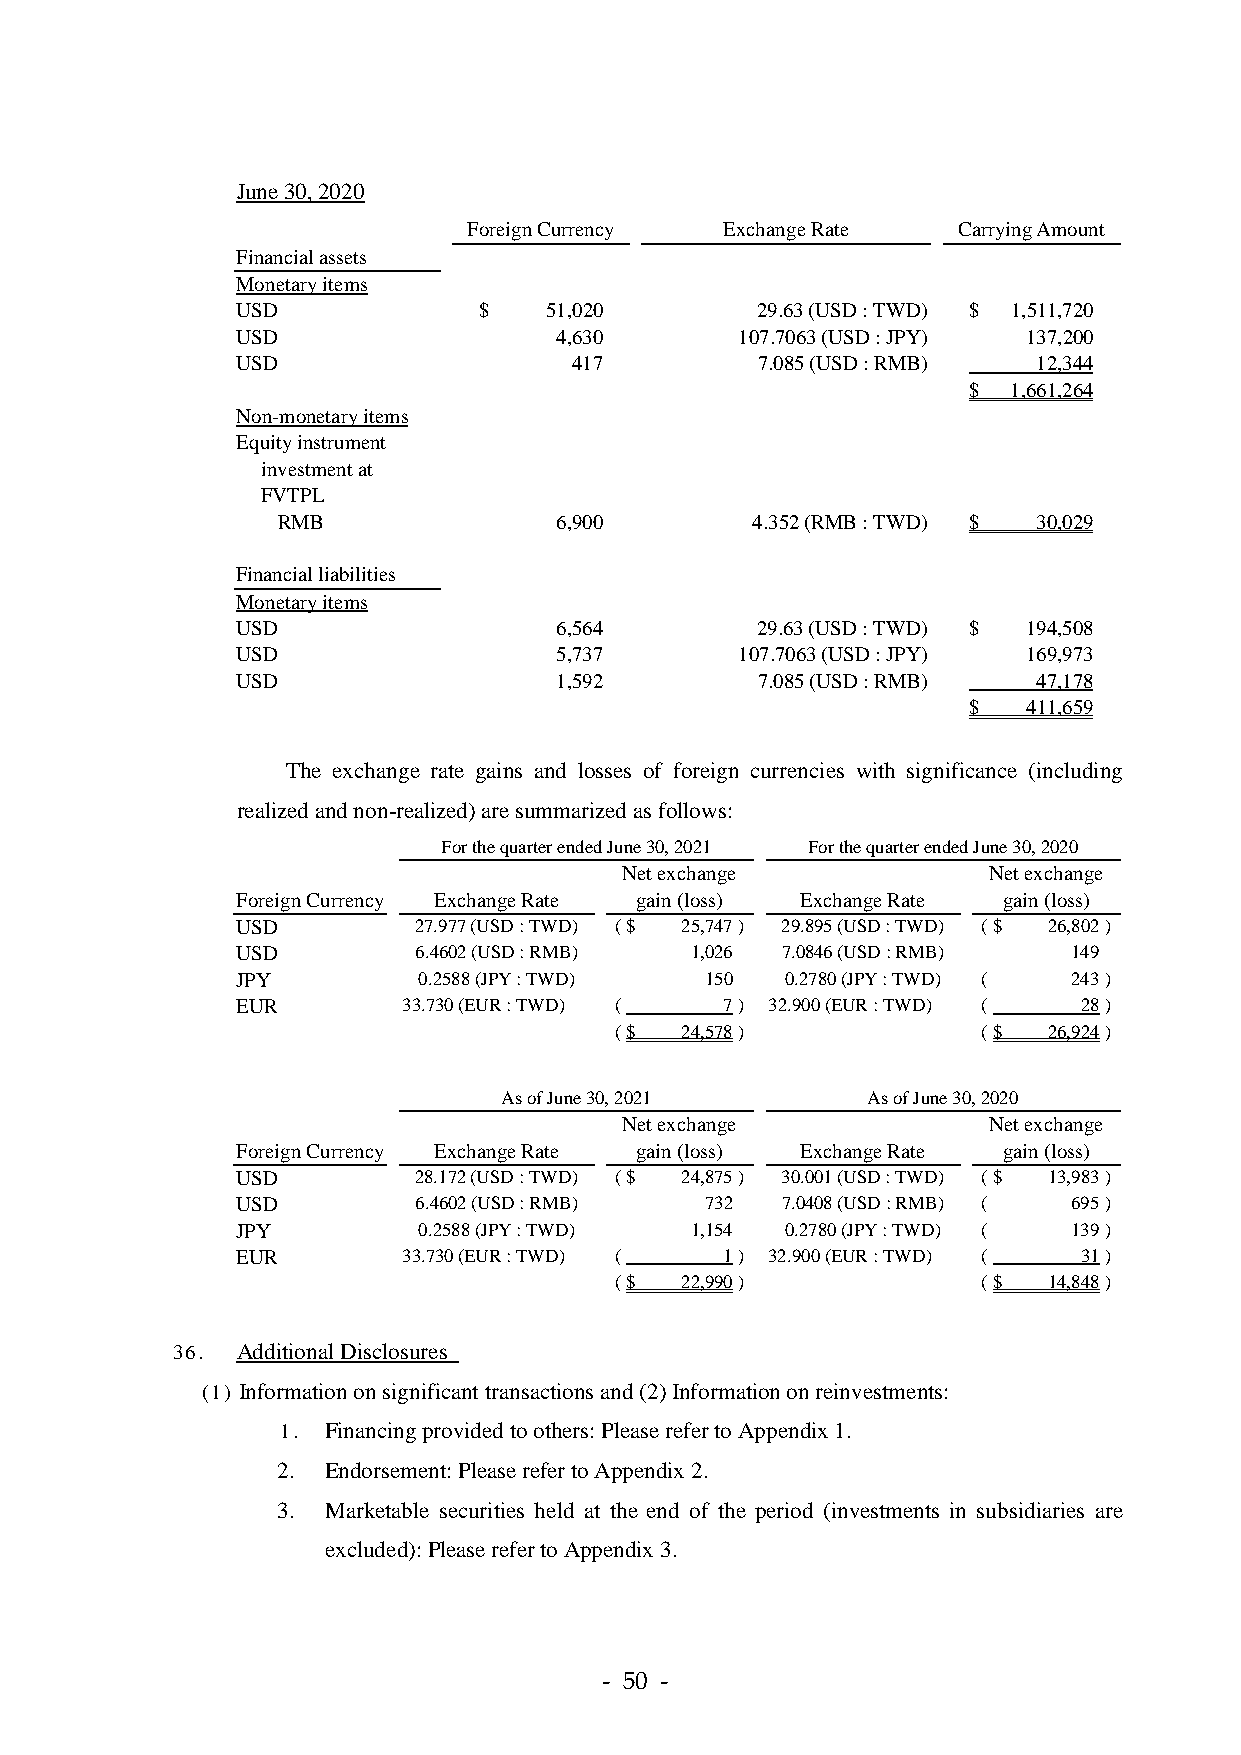
June 30, 2020
 Foreign Currency Exchange Rate  Carrying Amount
 Financial assets
 Monetary items
 USD             $   51,020        29.63 (USD : TWD) $ 1,511,720
 USD                  4,630       107.7063 (USD : JPY) 137,200
 USD                   417         7.085 (USD : RMB)  12,344
 $  1,661,264
 Non-monetary items
 Equity instrument
 investment at
 FVTPL
 RMB                6,900        4.352 (RMB : TWD) $ 30,029
 Financial liabilities
 Monetary items
 USD                  6,564        29.63 (USD : TWD) $ 194,508
 USD                  5,737       107.7063 (USD : JPY) 169,973
 USD                  1,592        7.085 (USD : RMB)  47,178
 $   411,659
 The exchange rate gains and losses of foreign currencies with significance (including
 realized and non-realized) are summarized as follows:
 For the quarter ended June 30, 2021 For the quarter ended June 30, 2020
 Net exchange            Net exchange
 Foreign Currency Exchange Rate gain (loss) Exchange Rate gain (loss)
 USD        27.977 (USD : TWD) ( $ 25,747 ) 29.895 (USD : TWD) ( $ 26,802 )
 USD        6.4602 (USD : RMB) 1,026 7.0846 (USD : RMB) 149
 JPY         0.2588 (JPY : TWD) 150  0.2780 (JPY : TWD) ( 243 )
 EUR        33.730 (EUR : TWD) ( 7 ) 32.900 (EUR : TWD) ( 28 )
 ( $ 24,578 )            ( $ 26,924 )
 As of June 30, 2021     As of June 30, 2020
 Net exchange            Net exchange
 Foreign Currency Exchange Rate gain (loss) Exchange Rate gain (loss)
 USD        28.172 (USD : TWD) ( $ 24,875 ) 30.001 (USD : TWD) ( $ 13,983 )
 USD        6.4602 (USD : RMB)  732  7.0408 (USD : RMB) ( 695 )
 JPY         0.2588 (JPY : TWD) 1,154 0.2780 (JPY : TWD) ( 139 )
 EUR        33.730 (EUR : TWD) ( 1 ) 32.900 (EUR : TWD) ( 31 )
 ( $ 22,990 )            ( $ 14,848 )
 36.  Additional Disclosures
 (1) Information on significant transactions and (2) Information on reinvestments:
 1. Financing provided to others: Please refer to Appendix 1.
 2.  Endorsement: Please refer to Appendix 2.
 3.  Marketable securities held at the end of the period (investments in subsidiaries are
 excluded): Please refer to Appendix 3.
 - 50 -